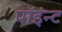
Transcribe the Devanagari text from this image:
पॉइंन्ट